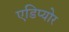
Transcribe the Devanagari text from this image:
एडिप्योर